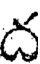
ద